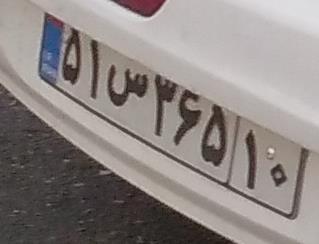
۵۱س۳۶۵۱۰